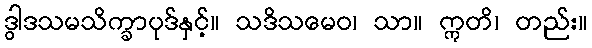
ဒွါဒသမသိက္ခာပုဒ်နှင့်။ သဒိသမေဝ၊ သာ။ ဣတိ၊ တည်း။